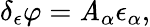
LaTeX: \delta_{\epsilon}\varphi=\mathit{A}_{\alpha}\epsilon_{\alpha},